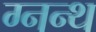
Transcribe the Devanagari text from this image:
ग्नन्थ